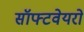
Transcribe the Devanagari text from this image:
सॉफ्टवेयरो